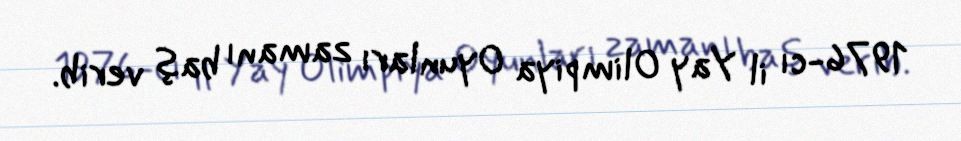
1976-cı il Yay Olimpiya Oyunları zamanı baş verib.